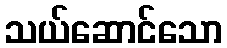
သယ်ဆောင်သော